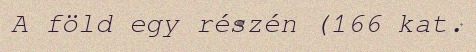
A föld egy részén (166 kat.